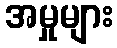
အမှုများ